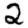
Digit: 2